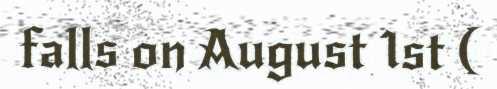
falls on August 1st (